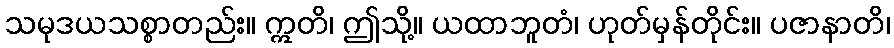
သမုဒယသစ္စာတည်း။ ဣတိ၊ ဤသို့။ ယထာဘူတံ၊ ဟုတ်မှန်တိုင်း။ ပဇာနာတိ၊